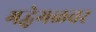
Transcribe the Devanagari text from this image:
गद्धेगळवर